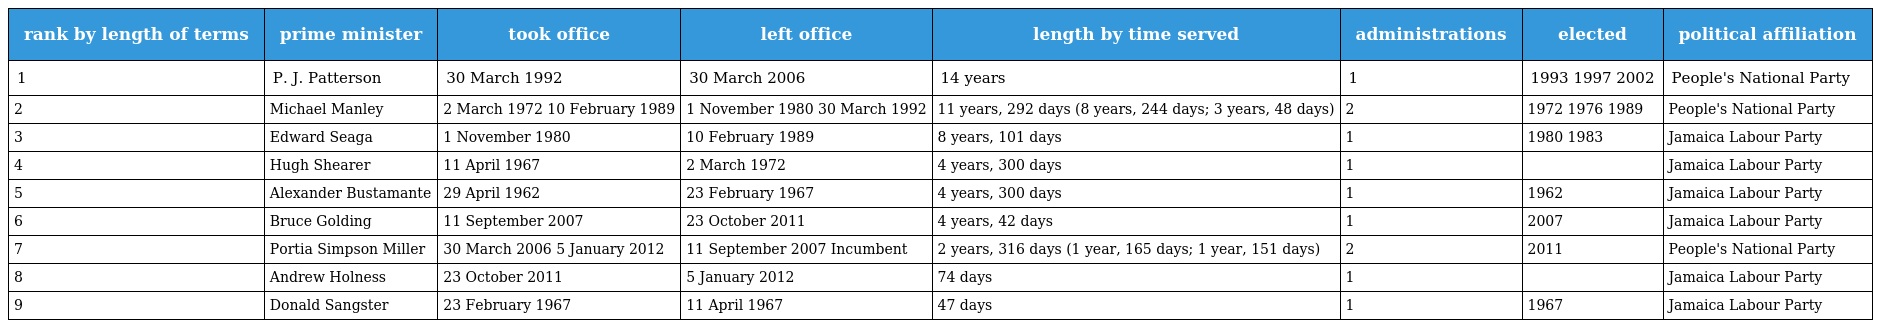
| rank by length of terms | prime minister | took office | left office | length by time served | administrations | elected | political affiliation |
 | --- | --- | --- | --- | --- | --- | --- | --- |
 | 1 | P. J. Patterson | 30 March 1992 | 30 March 2006 | 14 years | 1 | 1993 1997 2002 | People's National Party |
 | 2 | Michael Manley | 2 March 1972 10 February 1989 | 1 November 1980 30 March 1992 | 11 years, 292 days (8 years, 244 days; 3 years, 48 days) | 2 | 1972 1976 1989 | People's National Party |
 | 3 | Edward Seaga | 1 November 1980 | 10 February 1989 | 8 years, 101 days | 1 | 1980 1983 | Jamaica Labour Party |
 | 4 | Hugh Shearer | 11 April 1967 | 2 March 1972 | 4 years, 300 days | 1 |  | Jamaica Labour Party |
 | 5 | Alexander Bustamante | 29 April 1962 | 23 February 1967 | 4 years, 300 days | 1 | 1962 | Jamaica Labour Party |
 | 6 | Bruce Golding | 11 September 2007 | 23 October 2011 | 4 years, 42 days | 1 | 2007 | Jamaica Labour Party |
 | 7 | Portia Simpson Miller | 30 March 2006 5 January 2012 | 11 September 2007 Incumbent | 2 years, 316 days (1 year, 165 days; 1 year, 151 days) | 2 | 2011 | People's National Party |
 | 8 | Andrew Holness | 23 October 2011 | 5 January 2012 | 74 days | 1 |  | Jamaica Labour Party |
 | 9 | Donald Sangster | 23 February 1967 | 11 April 1967 | 47 days | 1 | 1967 | Jamaica Labour Party |